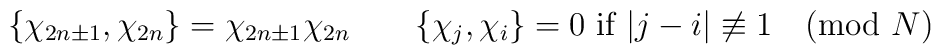
\{\chi_{2n\pm1},\chi_{2n}\}=\chi_{2n\pm1}\chi_{2n}\qquad\{\chi_j,\chi_i\}=0 \mbox{ if }|j-i|\not\equiv1\pmod{N}